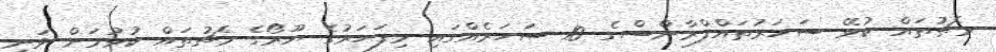
މެޗުތައް ކުޅޭ ސަހަރުތައްފްރާންސްގެ 10 ސަހަރެއްގައި މިފަހަރުގެ ޔޫރޯގެ މެޗުތައް ކުޅުމަަށް ވަނީ